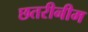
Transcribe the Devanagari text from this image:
छतरीनीम